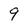
Character: 9